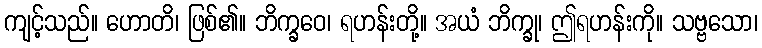
ကျင့်သည်။ ဟောတိ၊ ဖြစ်၏။ ဘိက္ခဝေ၊ ရဟန်းတို့။ အယံ ဘိက္ခု၊ ဤရဟန်းကို။ သဗ္ဗသော၊